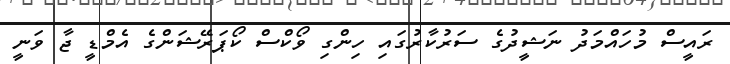
ރައީސް މުހައްމަދު ނަޝީދުގެ ސަރުކާރުގައި ހިންގި ވޯކްސް ކޯޕަރޭޝަންގެ އެމްޑީ ޖާ ވަނީ